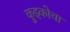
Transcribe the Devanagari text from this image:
कुझ्कोचा